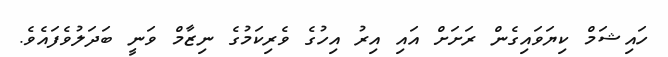
ހައިޝަމް ކިޔަވައިގެން ރަށަށް އައި އިރު އިހުގެ ވެރިކަމުގެ ނިޒާމް ވަނީ ބަދަލުވެފައެވެ.